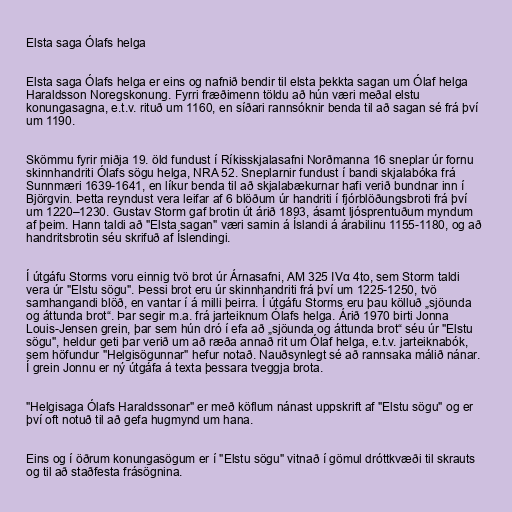
Elsta saga Ólafs helga

Elsta saga Ólafs helga er eins og nafnið bendir til elsta þekkta sagan um Ólaf helga
Haraldsson Noregskonung. Fyrri fræðimenn töldu að hún væri meðal elstu
konungasagna, e.t.v. rituð um 1160, en síðari rannsóknir benda til að sagan sé frá því
um 1190.

Skömmu fyrir miðja 19. öld fundust í Ríkisskjalasafni Norðmanna 16 sneplar úr fornu
skinnhandriti Ólafs sögu helga, NRA 52. Sneplarnir fundust í bandi skjalabóka frá
Sunnmæri 1639-1641, en líkur benda til að skjalabækurnar hafi verið bundnar inn í
Björgvin. Þetta reyndust vera leifar af 6 blöðum úr handriti í fjórblöðungsbroti frá því
um 1220–1230. Gustav Storm gaf brotin út árið 1893, ásamt ljósprentuðum myndum
af þeim. Hann taldi að "Elsta sagan" væri samin á Íslandi á árabilinu 1155-1180, og að
handritsbrotin séu skrifuð af Íslendingi.

Í útgáfu Storms voru einnig tvö brot úr Árnasafni, AM 325 IVα 4to, sem Storm taldi
vera úr "Elstu sögu". Þessi brot eru úr skinnhandriti frá því um 1225-1250, tvö
samhangandi blöð, en vantar í á milli þeirra. Í útgáfu Storms eru þau kölluð „sjöunda
og áttunda brot“. Þar segir m.a. frá jarteiknum Ólafs helga. Árið 1970 birti Jonna
Louis-Jensen grein, þar sem hún dró í efa að „sjöunda og áttunda brot“ séu úr "Elstu
sögu", heldur geti þar verið um að ræða annað rit um Ólaf helga, e.t.v. jarteiknabók,
sem höfundur "Helgisögunnar" hefur notað. Nauðsynlegt sé að rannsaka málið nánar.
Í grein Jonnu er ný útgáfa á texta þessara tveggja brota.

"Helgisaga Ólafs Haraldssonar" er með köflum nánast uppskrift af "Elstu sögu" og er
því oft notuð til að gefa hugmynd um hana.

Eins og í öðrum konungasögum er í "Elstu sögu" vitnað í gömul dróttkvæði til skrauts
og til að staðfesta frásögnina.